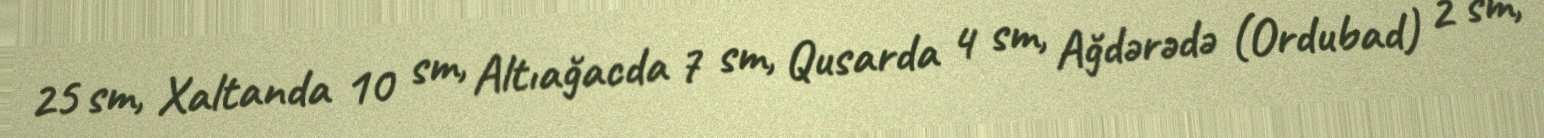
25 sm, Xaltanda 10 sm, Altıağacda 7 sm, Qusarda 4 sm, Ağdərədə (Ordubad) 2 sm,